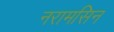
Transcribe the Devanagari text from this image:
नरामसिन